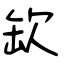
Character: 缼